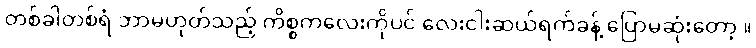
တစ်ခါတစ်ရံ ဘာမဟုတ်သည့် ကိစ္စကလေးကိုပင် လေးငါးဆယ်ရက်ခန့် ပြောမဆုံးတော့ ။